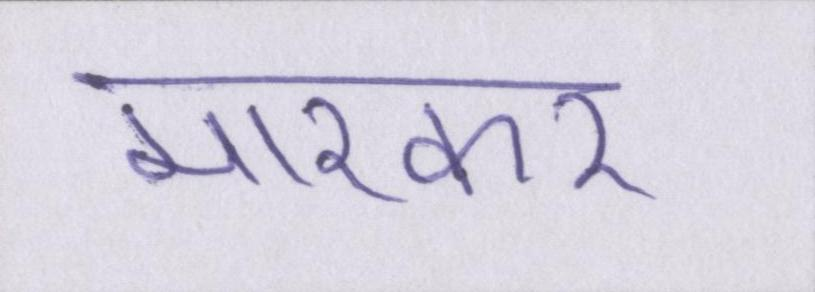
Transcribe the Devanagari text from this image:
मारकर